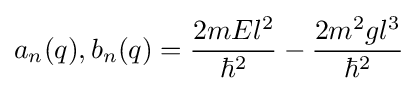
a_{n}(q),b_{n}(q)={\frac {2mEl^{2}}{\hbar ^{2}}}-{\frac {2m^{2}gl^{3}}{\hbar ^{2}}}